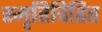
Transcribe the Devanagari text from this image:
स्मृतिविहित